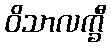
ဝိသာလက္ခီ